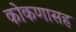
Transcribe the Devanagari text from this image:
कोकणासह